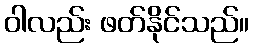
ဝါလည်း ဖတ်နိုင်သည်။